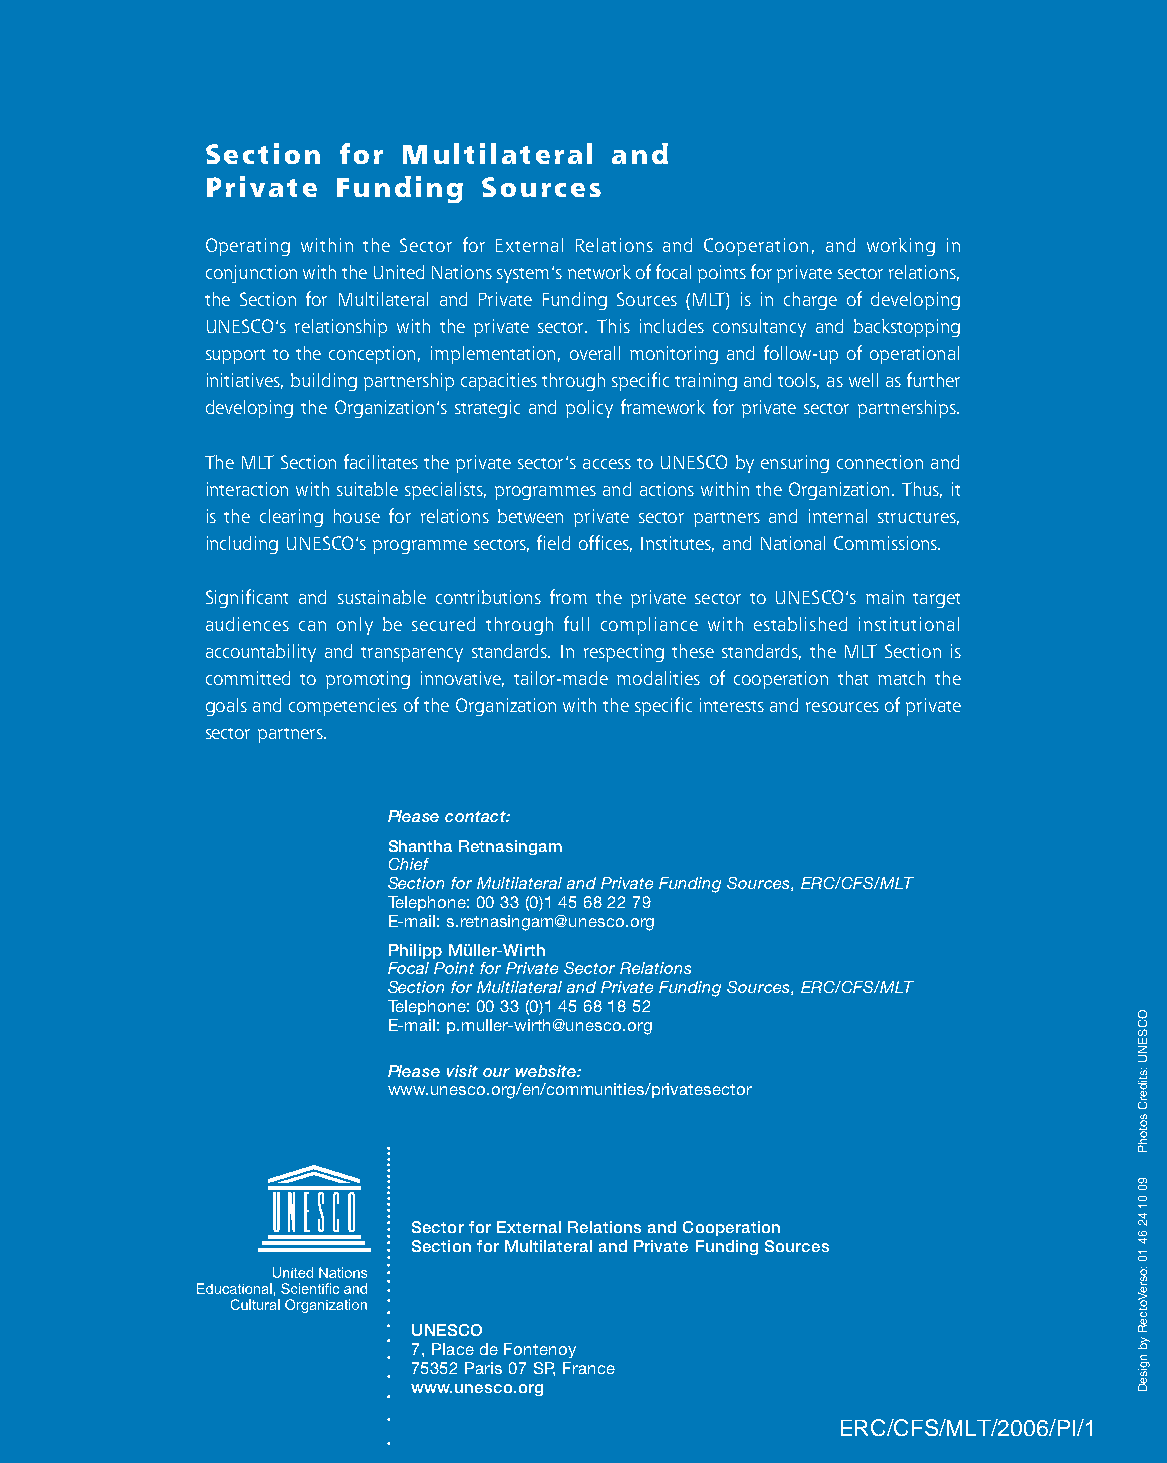
chemise private_UK last 1/11/06 16:51 Page 1
 Section  for Multilateral  and
 Private  Funding   Sources
 Operating within the Sector for External Relations and Cooperation, and working in
 conjunction with the United Nations system’s network of focal points for private sector relations,
 the Section for Multilateral and Private Funding Sources (MLT) is in charge of developing
 UNESCO’s relationship with the private sector. This includes consultancy and backstopping
 support to the conception, implementation, overall monitoring and follow-up of operational
 initiatives, building partnership capacities through specific training and tools, as well as further
 developing the Organization’s strategic and policy framework for private sector partnerships.
 The MLT Section facilitates the private sector’s access to UNESCO by ensuring connection and
 interaction with suitable specialists, programmes and actions within the Organization. Thus, it
 is the clearing house for relations between private sector partners and internal structures,
 including UNESCO’s programme sectors, field offices, Institutes, and National Commissions.
 Significant and sustainable contributions from the private sector to UNESCO’s main target
 audiences can only be secured through full compliance with established institutional
 accountability and transparency standards. In respecting these standards, the MLT Section is
 committed to promoting innovative, tailor-made modalities of cooperation that match the
 goals and competencies of the Organization with the specific interests and resources of private
 sector partners.
 Please contact:
 Shantha Retnasingam
 Chief
 Section for Multilateral and Private Funding Sources, ERC/CFS/MLT
 Telephone: 00 33 (0)1 45 68 22 79
 E-mail: s.retnasingam@unesco.org
 Philipp Müller-Wirth
 Focal Point for Private Sector Relations
 Section for Multilateral and Private Funding Sources, ERC/CFS/MLT
 Telephone: 00 33 (0)1 45 68 18 52
 E-mail: p.muller-wirth@unesco.org
 Please visit our website:
 www.unesco.org/en/communities/privatesector
 Sector for External Relations and Cooperation
 Section for Multilateral and Private Funding Sources
 UNESCO
 7, Place de Fontenoy
 75352 Paris 07 SP, France
 www.unesco.org
 ERC/CFS/MLT/2006/PI/1
 OCSENU
 :stiderC
 sotohP
 90
 01
 42
 64
 10
 :osreVotceR
 yb
 ngiseD